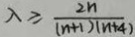
\lambda \geq \frac { 2 n } { ( n + 1 ) ( n + 4 ) }